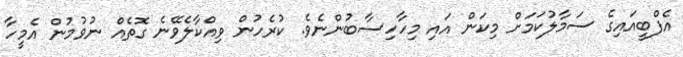
އެފްބީއައިގެ ސަމާލުކަމަށް މިކަން އައި މިހާހިސާބުންނެވެ. ކުރެހުން ވިއްކާލެވޭނެ ގޮތެއް ނުވުމުން އެމީހާ